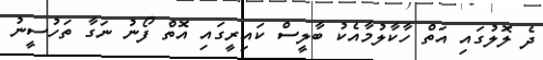
ދެ ލޮލުގައި އަތް ހާކާލުމާއެކު ބާލީސް ކައިރީގައި އޮތް ފޯނު ނަގާ ތަހުސީނު